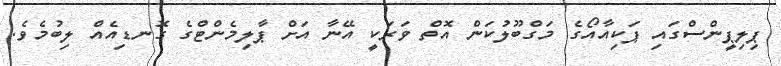
ޕިލިޕީންސްގައި ޕަކިއާއޯގެ މަގްބޫލުކަން އޮތް ވަރަކީ އޭނާ އަށް ޕާލިމެންޓްގެ ގޮނޑިއެއް ލިބުމެވެ.